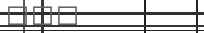
١١٧